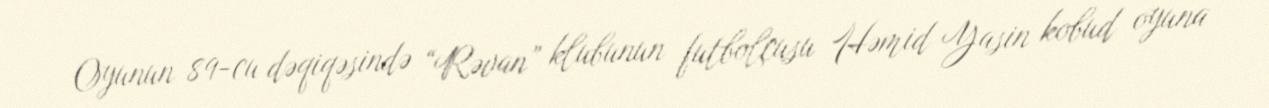
Oyunun 89-cu dəqiqəsində “Rəvan” klubunun futbolçusu Həmid Yasin kobud oyuna